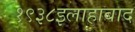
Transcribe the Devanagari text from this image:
१९३८इलाहाबाद